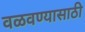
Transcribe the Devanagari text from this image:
वळवण्यासाठी